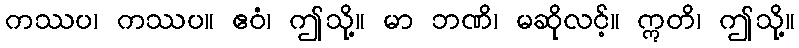
ကဿပ၊ ကဿပ။ ဧဝံ၊ ဤသို့။ မာ ဘဏိ၊ မဆိုလင့်။ ဣတိ၊ ဤသို့။